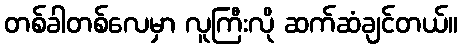
တစ်ခါတစ်လေမှာ လူကြီးလို ဆက်ဆံချင်တယ်။